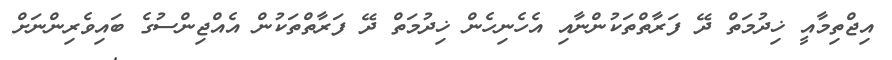
އިޖްތިމާއީ ޚިދުމަތް ދޭ ފަރާތްތަކުންނާއި އެހެނިހެން ޚިދުމަތް ދޭ ފަރާތްތަކުން އެއްޖިންސުގެ ބައިވެރިންނަށް